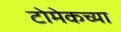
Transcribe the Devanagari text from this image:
टोमेकच्या